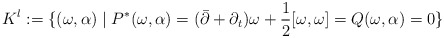
\begin{align*}K^l:=\{(\omega,\alpha)\mid P^*(\omega,\alpha)=(\bar\partial+\partial_t)\omega+\dfrac{1}{2}[\omega,\omega]=Q(\omega,\alpha)=0\}\end{align*}